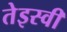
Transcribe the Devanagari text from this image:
तेइस्वीं